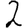
Digit: 2